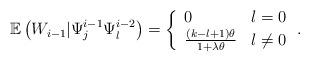
LaTeX: \begin{align*} \mathbb{E}\left(W_{i-1}|\Psi_j^{i-1}\Psi_l^{i-2}\right) = \left\{ \begin{array}{ll} 0 & l=0\\ \frac{(k-l+1)\theta}{1+\lambda\theta} & l\neq 0 \end{array}\right. . \end{align*}